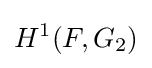
H^{1}(F,G_{2})